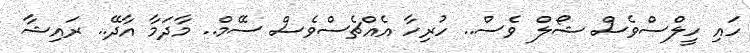
ހައި ހީލްސްވެސް ޝޯލް ވެސް.. ހުރިހާ އެއްޗެސްވެސް ސޭމް.. މާދަމާ އާދޭ.. ރައިޝާ